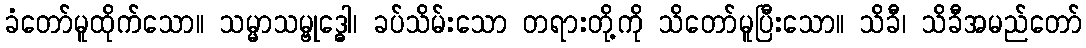
ခံတော်မူထိုက်သော။ သမ္မာသမ္ဗုဒ္ဓေါ၊ ခပ်သိမ်းသော တရားတို့ကို သိတော်မူပြီးသော။ သိခီ၊ သိခီအမည်တော်